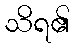
သိရ၏